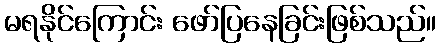
မရနိုင်ကြောင်း ဖော်ပြနေခြင်းဖြစ်သည်။